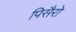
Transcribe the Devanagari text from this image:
पिसैरो